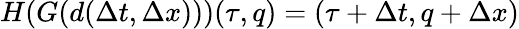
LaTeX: H(G(d(\Delta t,\Delta x)))(\tau,q)=(\tau+\Delta t,q+\Delta x)